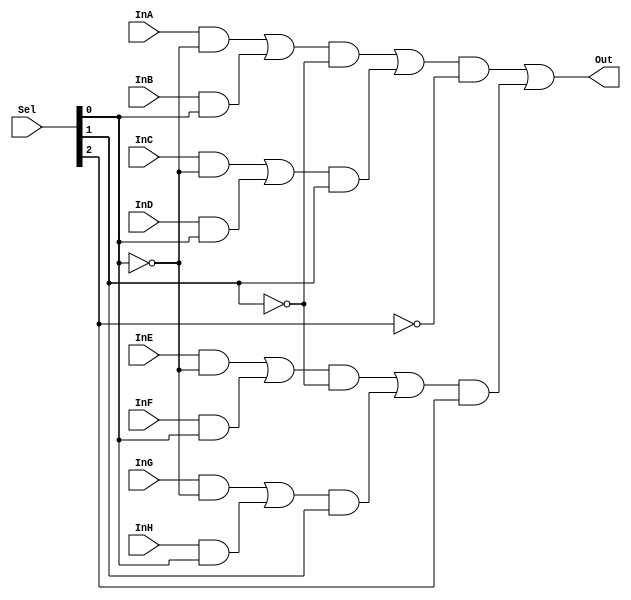
module mux8_1(InA, InB, InC, InD, InE, InF, InG, InH, Sel, Out);
    
    input InA, InB, InC, InD, InE, InF, InG, InH;
    input [2:0] Sel;
    output Out;

    wire AorB, CorD, EorF, GorH, ABCD, EFGH;

    assign AorB = (InA & ~(Sel[0])) | (InB & Sel[0]);
    assign CorD = (InC & ~(Sel [0])) | (InD & Sel[0]);
    assign EorF = (InE & ~(Sel[0])) | (InF & Sel[0]);
    assign GorH = (InG & ~(Sel[0])) | (InH & Sel[0]);

    assign ABCD = (AorB & ~(Sel[1])) | (CorD & Sel[1]);
    assign EFGH = (EorF & ~(Sel[1])) | (GorH & Sel[1]);

    assign Out = (ABCD & ~Sel[2]) | (EFGH & Sel[2]);

endmodule